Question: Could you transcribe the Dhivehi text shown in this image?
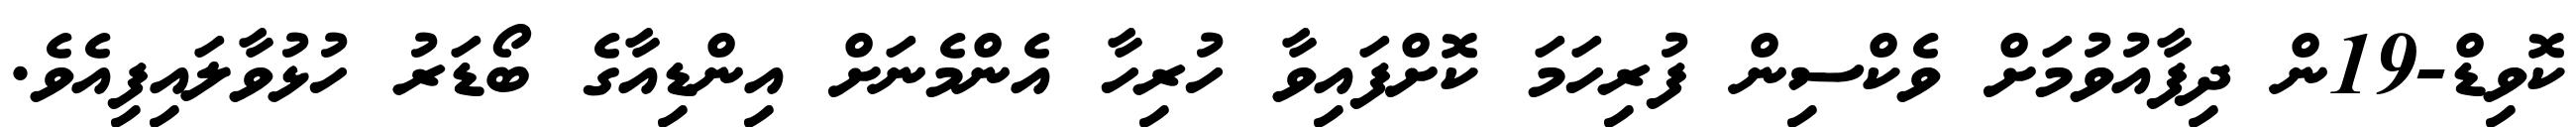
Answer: ކޮވިޑް-19ން ދިފާއުވުމަށް ވެކްސިން ފުރިހަމަ ކޮށްފައިވާ ހުރިހާ އެންމެނަށް އިންޑިއާގެ ބޯޑަރު ހުޅުވާލައިފިއެވެ.